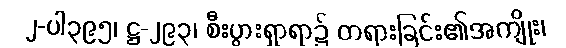
၂-ပါ၃၉၅၊ ဋ္ဌ-၂၉၃၊ စီးပွားရှာရာ၌ တရားခြင်း၏အကျိုး၊